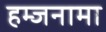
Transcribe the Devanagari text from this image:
हम्जनामा